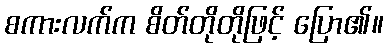
စကားလက်က စိတ်တိုတိုဖြင့် ပြော၏။